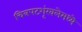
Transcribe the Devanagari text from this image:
चित्रपटशृंखलेमध्ये